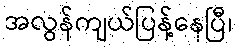
အလွန်ကျယ်ပြန့်နေပြီ၊